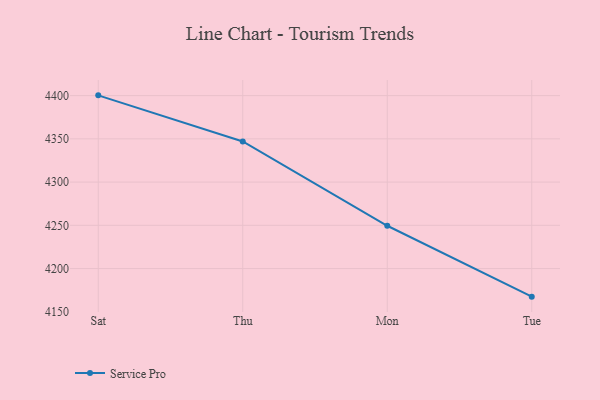
{"axis": {"x": "Day", "y": "Satisfaction Score"}, "legend": ["Service Pro"], "data": [{"x": "Sat", "y": 4400.3, "type": "Service Pro"}, {"x": "Thu", "y": 4347.0, "type": "Service Pro"}, {"x": "Mon", "y": 4249.5, "type": "Service Pro"}, {"x": "Tue", "y": 4167.5, "type": "Service Pro"}]}